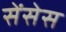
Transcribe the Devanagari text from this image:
सेंसेस